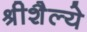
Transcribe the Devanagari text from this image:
श्रीशैल्ये